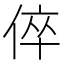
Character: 倅